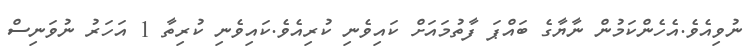
ނުވިއެވެ.އެހެންކަމުން ނާޔާގެ ބައްޕަ ފާތުމައަށް ކައިވެނި ކުރިއެވެ.ކައިވެނި ކުރިތާ 1 އަހަރު ނުވަނިސް